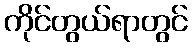
ကိုင်တွယ်ရာတွင်